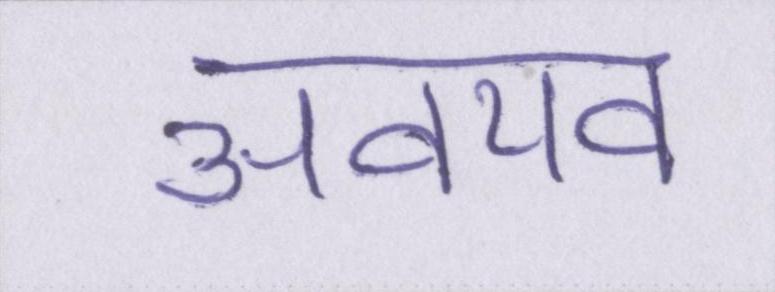
अवयव